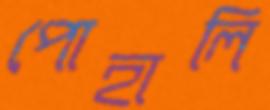
পোহালি